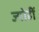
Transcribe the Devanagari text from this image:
ज्योहीं